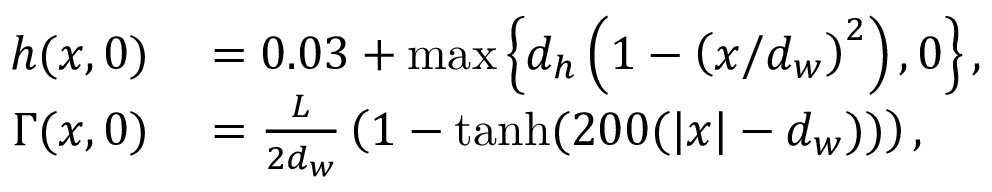
\begin{array} { r l } { h ( x , 0 ) } & { { } = 0 . 0 3 + \operatorname* { m a x } \left\{ d _ { h } \left( 1 - \left( { x } / { d _ { w } } \right) ^ { 2 } \right) , 0 \right\} , } \\ { \Gamma ( x , 0 ) } & { { } = \frac { L } { 2 d _ { w } } \left( 1 - \operatorname { t a n h } ( 2 0 0 ( | x | - d _ { w } ) ) \right) , } \end{array}